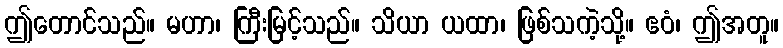
ဤတောင်သည်။ မဟာ၊ ကြီးမြင့်သည်။ သိယာ ယထာ၊ ဖြစ်သကဲ့သို့။ ဧဝံ၊ ဤအတူ။